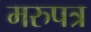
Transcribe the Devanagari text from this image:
मरुपत्र